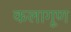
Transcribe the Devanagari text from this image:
कलागूण